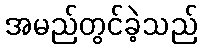
အမည်တွင်ခဲ့သည်